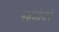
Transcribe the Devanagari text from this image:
नक्षत्रांप्रमाणे